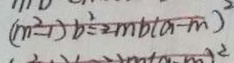
( m ^ { 2 } - 1 ) b ^ { 2 } = 2 m b ( a - m ) ^ { 2 }